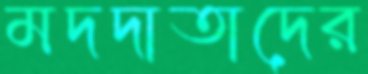
মদদাতাদের